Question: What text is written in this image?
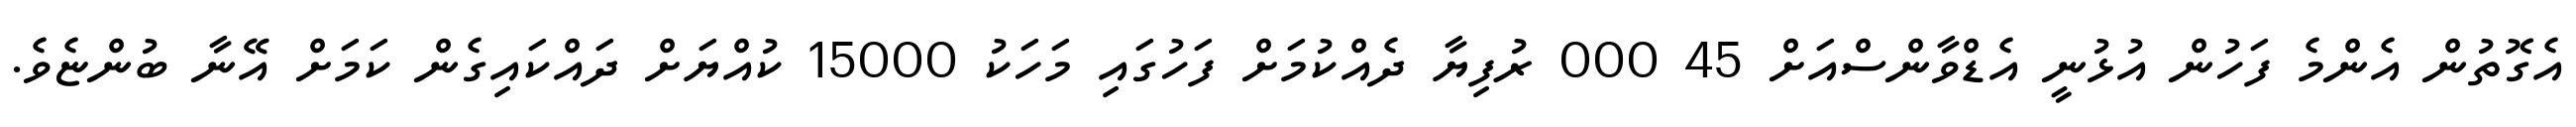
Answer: އެގޮތުން އެންމެ ފަހުން އުޅުނީ އެޑްވާންސްއަށް 45 000 ރުފިޔާ ދެއްކުމަށް ފަހުގައި މަހަކު 15000 ކުއްޔަށް ދައްކައިގެން ކަމަށް އޭނާ ބުންޏެވެ.